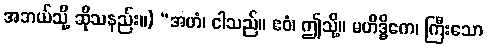
အဘယ်သို့ ဆိုသနည်း။) “အဟံ၊ ငါသည်။ ဧဝံ၊ ဤသို့။ မဟိဒ္ဓိကေ၊ ကြီးသော